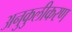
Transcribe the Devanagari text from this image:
अनुकुलीकरण